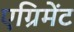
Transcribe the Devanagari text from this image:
एग्रिमेंट